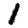
Digit: 1